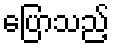
ပြောသည့်